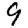
Digit: 9